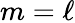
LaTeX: m=\ell